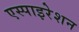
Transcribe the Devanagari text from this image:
एस्पाइरेशन